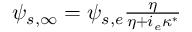
\begin{array} { r } { \psi _ { s , \infty } = \psi _ { s , e } \frac { \eta } { \eta + i _ { e } \kappa ^ { * } } } \end{array}